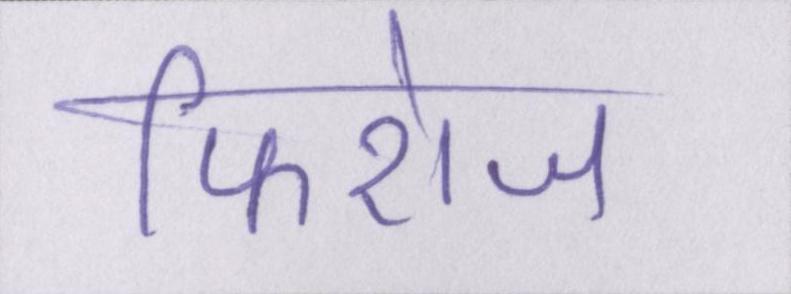
फिरोज